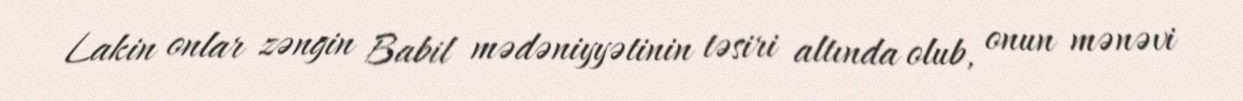
Lakin onlar zəngin Babil mədəniyyətinin təsiri altında olub, onun mənəvi